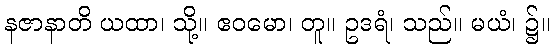
နဇာနာတိ ယထာ၊ သို့။ ဧဝမော၊ တူ။ ဥဒရံ၊ သည်။ မယံ၊ ၌။